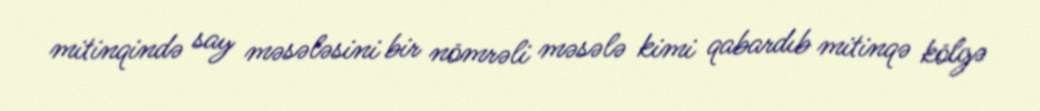
mitinqində say məsələsini bir nömrəli məsələ kimi qabardıb mitinqə kölgə